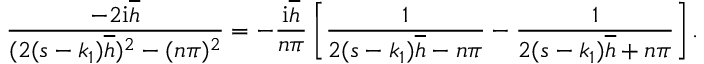
\frac { - 2 \mathrm { i } \overline { { h } } } { ( 2 ( s - k _ { 1 } ) \overline { { h } } ) ^ { 2 } - ( n \pi ) ^ { 2 } } = - \frac { \mathrm { i } \overline { { h } } } { n \pi } \left[ \frac { 1 } { 2 ( s - k _ { 1 } ) \overline { { h } } - n \pi } - \frac { 1 } { 2 ( s - k _ { 1 } ) \overline { { h } } + n \pi } \right] .